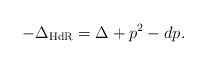
\begin{align*}-\Delta_{\rm HdR}=\Delta +p^2-dp .\end{align*}